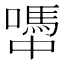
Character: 𡁉